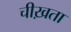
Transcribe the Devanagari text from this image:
चीख़ता